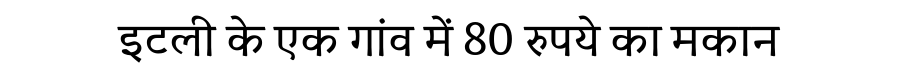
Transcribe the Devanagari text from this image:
इटली के एक गांव में 80 रुपये का मकान